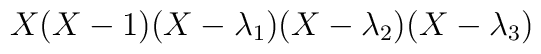
X(X-1)(X-\lambda_1)(X-\lambda_2)(X-\lambda_3)